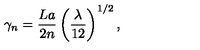
\gamma _ { n } = \frac { L a } { 2 n } \left( \frac { \lambda } { 1 2 } \right) ^ { 1 / 2 } ,